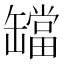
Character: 𬙔